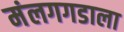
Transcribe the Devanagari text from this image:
मंलगगडाला